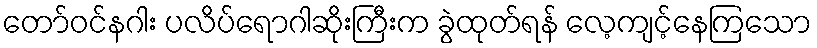
တော်ဝင်နဂါး ပလိပ်ရောဂါဆိုးကြီးက ခွဲထုတ်ရန် လေ့ကျင့်နေကြသော